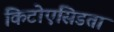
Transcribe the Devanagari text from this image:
किटोएसिडता